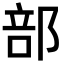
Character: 部